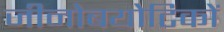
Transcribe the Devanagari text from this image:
जीनोबयोटिकों